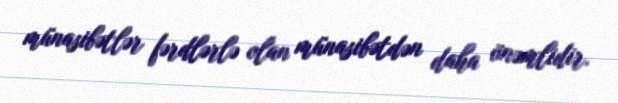
münasibətlər fərdlərlə olan münasibətdən daha önəmlidir.